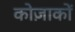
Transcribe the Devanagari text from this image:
कोज़ाकों